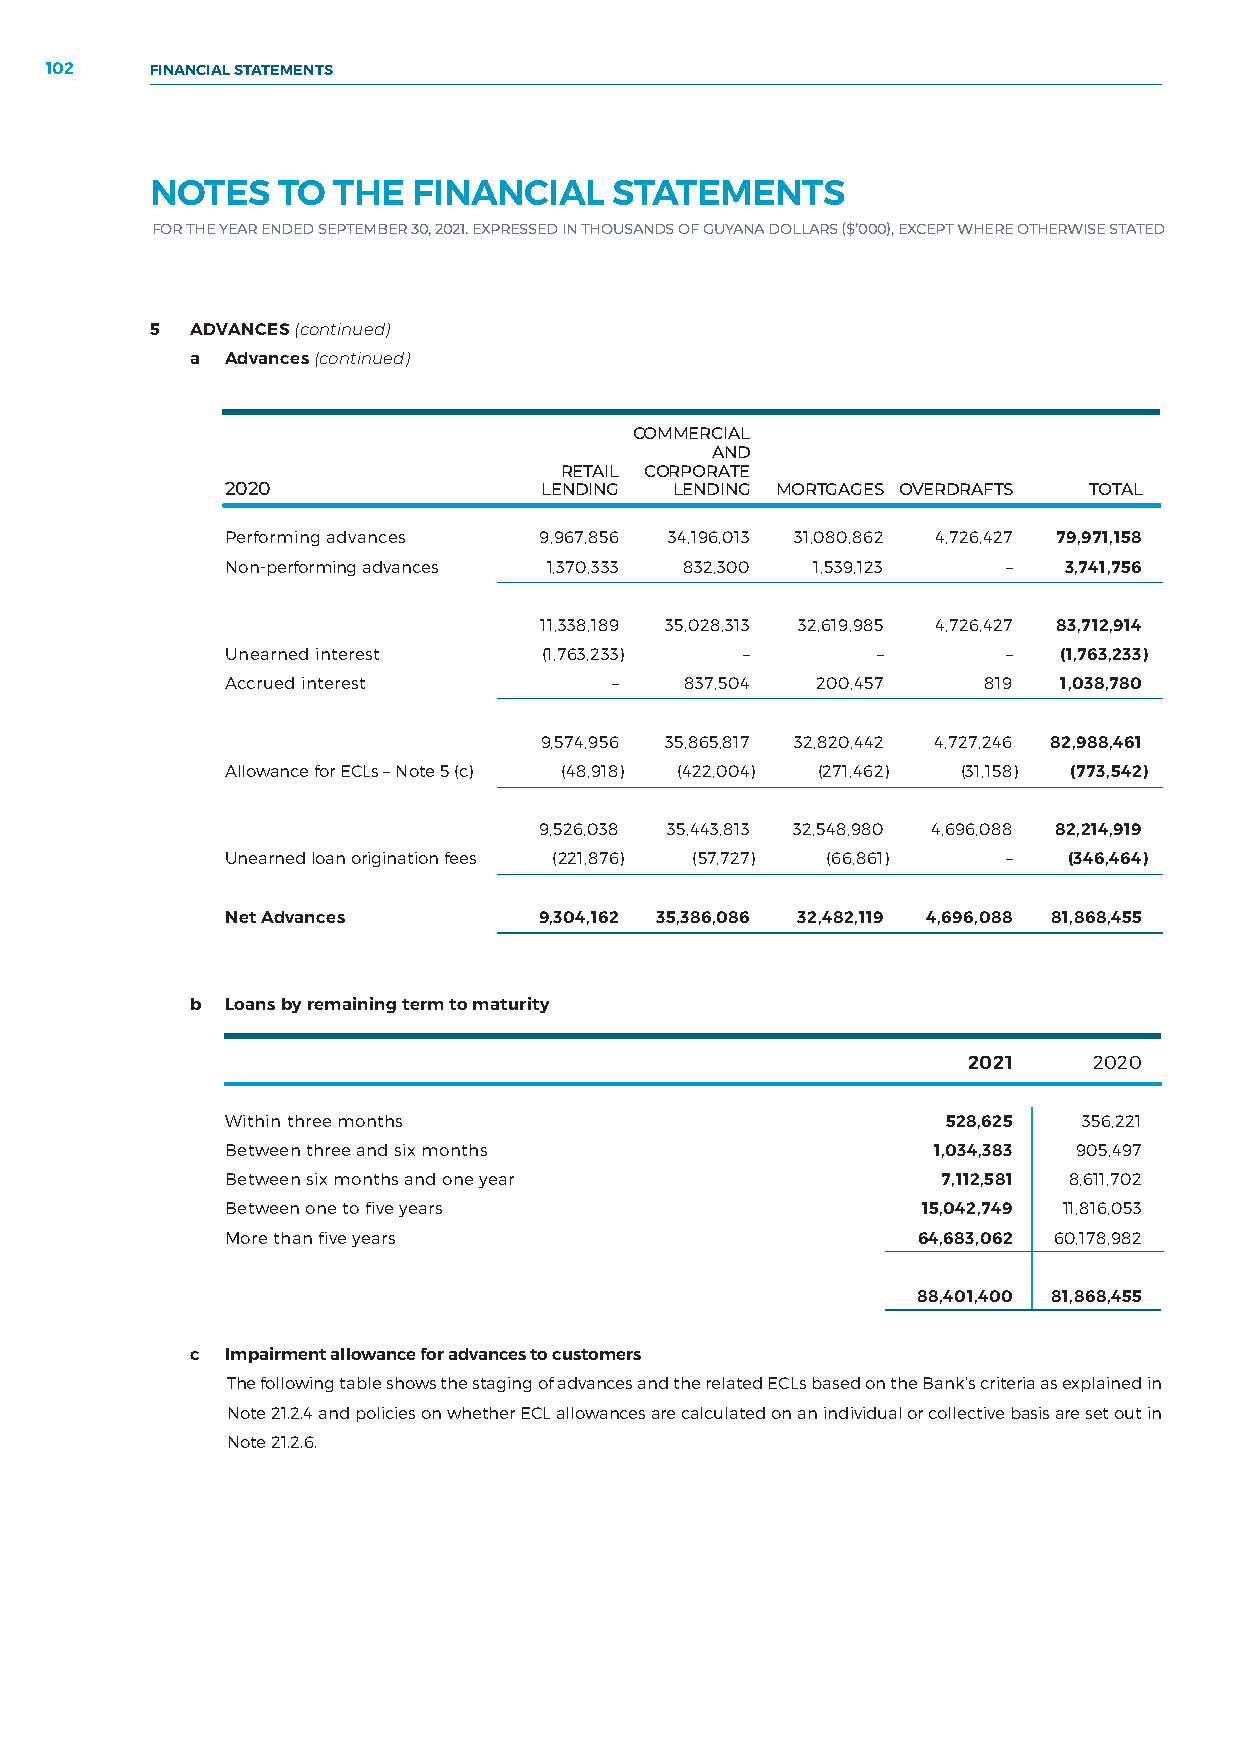
102    FINANCIAL STATEMENTS
 NOTES   TO  THE  FINANCIAL     STATEMENTS
 FOR THE YEAR ENDED SEPTEMBER 30, 2021. EXPRESSED IN THOUSANDS OF GUYANA DOLLARS ($’000), EXCEPT WHERE OTHERWISE STATED
 5  ADVANCES (continued)
 a Advances (continued)
 COMMERCIAL
 AND
 RETAIL CORPORATE
 2020                 LENDING  LENDING MORTGAGES OVERDRAFTS TOTAL
 Performing advances  9,967,856 34,196,013 31,080,862 4,726,427 79,971,158
 Non-performing advances 1,370,333 832,300 1,539,123 –  3,741,756
 11,338,189 35,028,313 32,619,985 4,726,427 83,712,914
 Unearned interest    (1,763,233)  –        –        –  (1,763,233)
 Accrued interest         –    837,504  200,457    819  1,038,780
 9,574,956 35,865,817 32,820,442 4,727,246 82,988,461
 Allowance for ECLs – Note 5 (c) (48,918) (422,004) (271,462) (31,158) (773,542)
 9,526,038 35,443,813 32,548,980 4,696,088 82,214,919
 Unearned loan origination fees (221,876) (57,727) (66,861) – (346,464)
 Net Advances         9,304,162 35,386,086 32,482,119 4,696,088 81,868,455
 b Loans by remaining term to maturity
 2021    2020
 Within three months                             528,625  356,221
 Between three and six months                   1,034,383 905,497
 Between six months and one year                7,112,581 8,611,702
 Between one to five years                     15,042,749 11,816,053
 More than five years                          64,683,062 60,178,982
 88,401,400 81,868,455
 c Impairment allowance for advances to customers
 The following table shows the staging of advances and the related ECLs based on the Bank’s criteria as explained in
 Note 21.2.4 and policies on whether ECL allowances are calculated on an individual or collective basis are set out in
 Note 21.2.6.